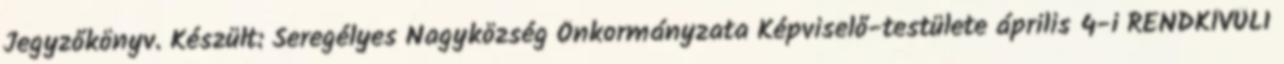
Jegyzőkönyv. Készült: Seregélyes Nagyközség Önkormányzata Képviselő-testülete április 4-i RENDKÍVÜLI